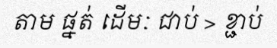
តាម ផ្នត់ ដើមៈ ជាប់ > ខ្ជាប់